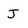
Character: J